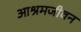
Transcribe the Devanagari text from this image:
आश्रमजीवन